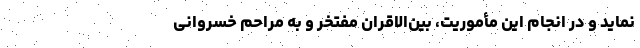
نماید و در انجامِ این مأموریت، بین‌الاقران مفتخر و به مراحم خسروانی